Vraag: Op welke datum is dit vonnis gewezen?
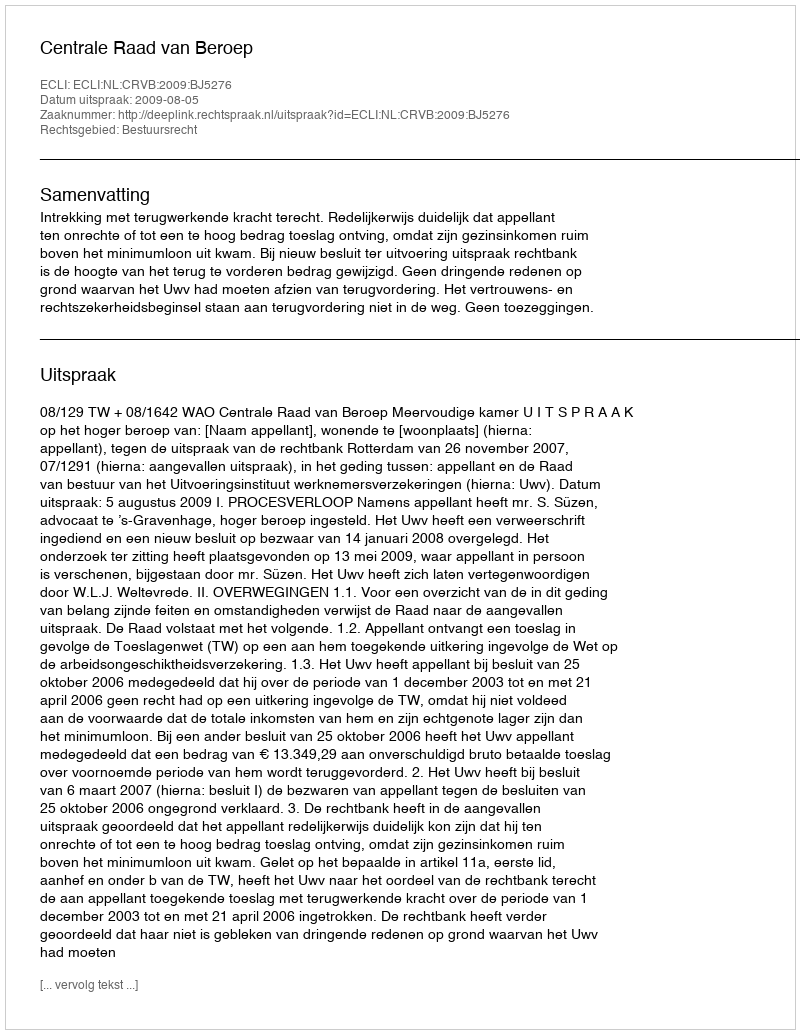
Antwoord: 2009-08-05